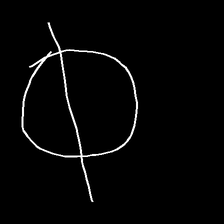
Glyph: orb